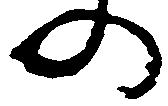
の